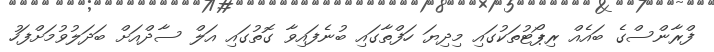
ފްރާންސްގެ ބައެއް ރިޕޯޓުތަކުގައި މިދިޔަ ހަފްތާގައި ބުނެފައިވާ ގޮތުގައި އަލް ސާދްއަށް ބަދަލުވުމަށްފަހު